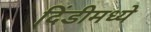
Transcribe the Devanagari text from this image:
दिंडीमध्ये